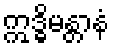
ဣဒ္ဓိမန္တာနံ